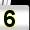
Digit: 5